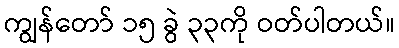
ကျွန်တော် ၁၅ ခွဲ ၃၃ကို ဝတ်ပါတယ်။